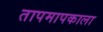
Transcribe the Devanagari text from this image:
तापमापकाला